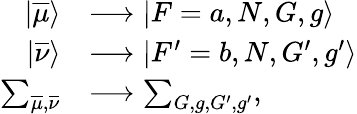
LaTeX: \begin{array}{rl}{|\overline{{\mu}}\rangle}&{\longrightarrow|F=a,N,G,g\rangle}\\ {|\overline{{\nu}}\rangle}&{\longrightarrow|F^{\prime}=b,N,G^{\prime},g^{\prime}\rangle}\\ {\sum_{\overline{{\mu}},\overline{{\nu}}}}&{\longrightarrow\sum_{G,g,G^{\prime},g^{\prime}},}\end{array}